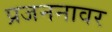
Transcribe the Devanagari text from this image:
प्रजननावर